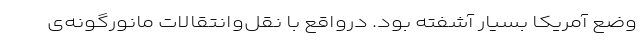
وضع آمریکا بسیار آشفته بود. درواقع با نقل‌وانتقالاتِ مانورگونه‌ی